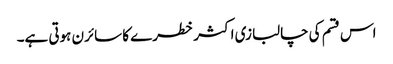
اس قسم کی چالبازی اکثر خطرے کا سائرن ہوتی ہے۔